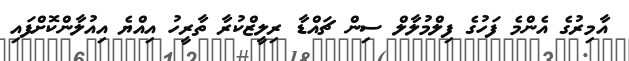
އާމިރުގެ އެންމެ ފަހުގެ ފިލްމުލާލް ސިން ޗައްޑާ ރިލީޒްކުރާ ތާރީހު އިއްޔެ އިއުލާންކޮށްފައި